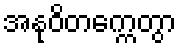
အနုဝိတက္ကေတွာ